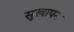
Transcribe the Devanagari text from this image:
सुखापन